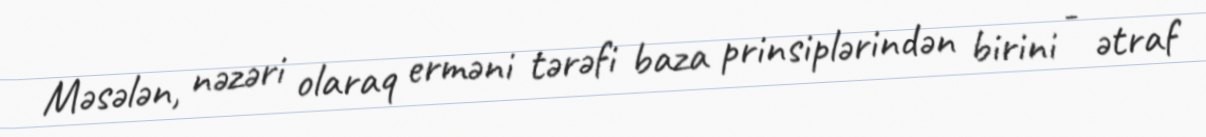
Məsələn, nəzəri olaraq erməni tərəfi baza prinsiplərindən birini - ətraf